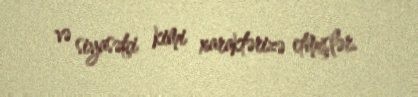
və siyasətçi kimi xaraktərizə etmişlər.